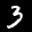
Label: 3